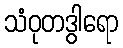
သံဝုတဒွါရော